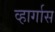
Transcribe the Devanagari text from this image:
व्हार्गास